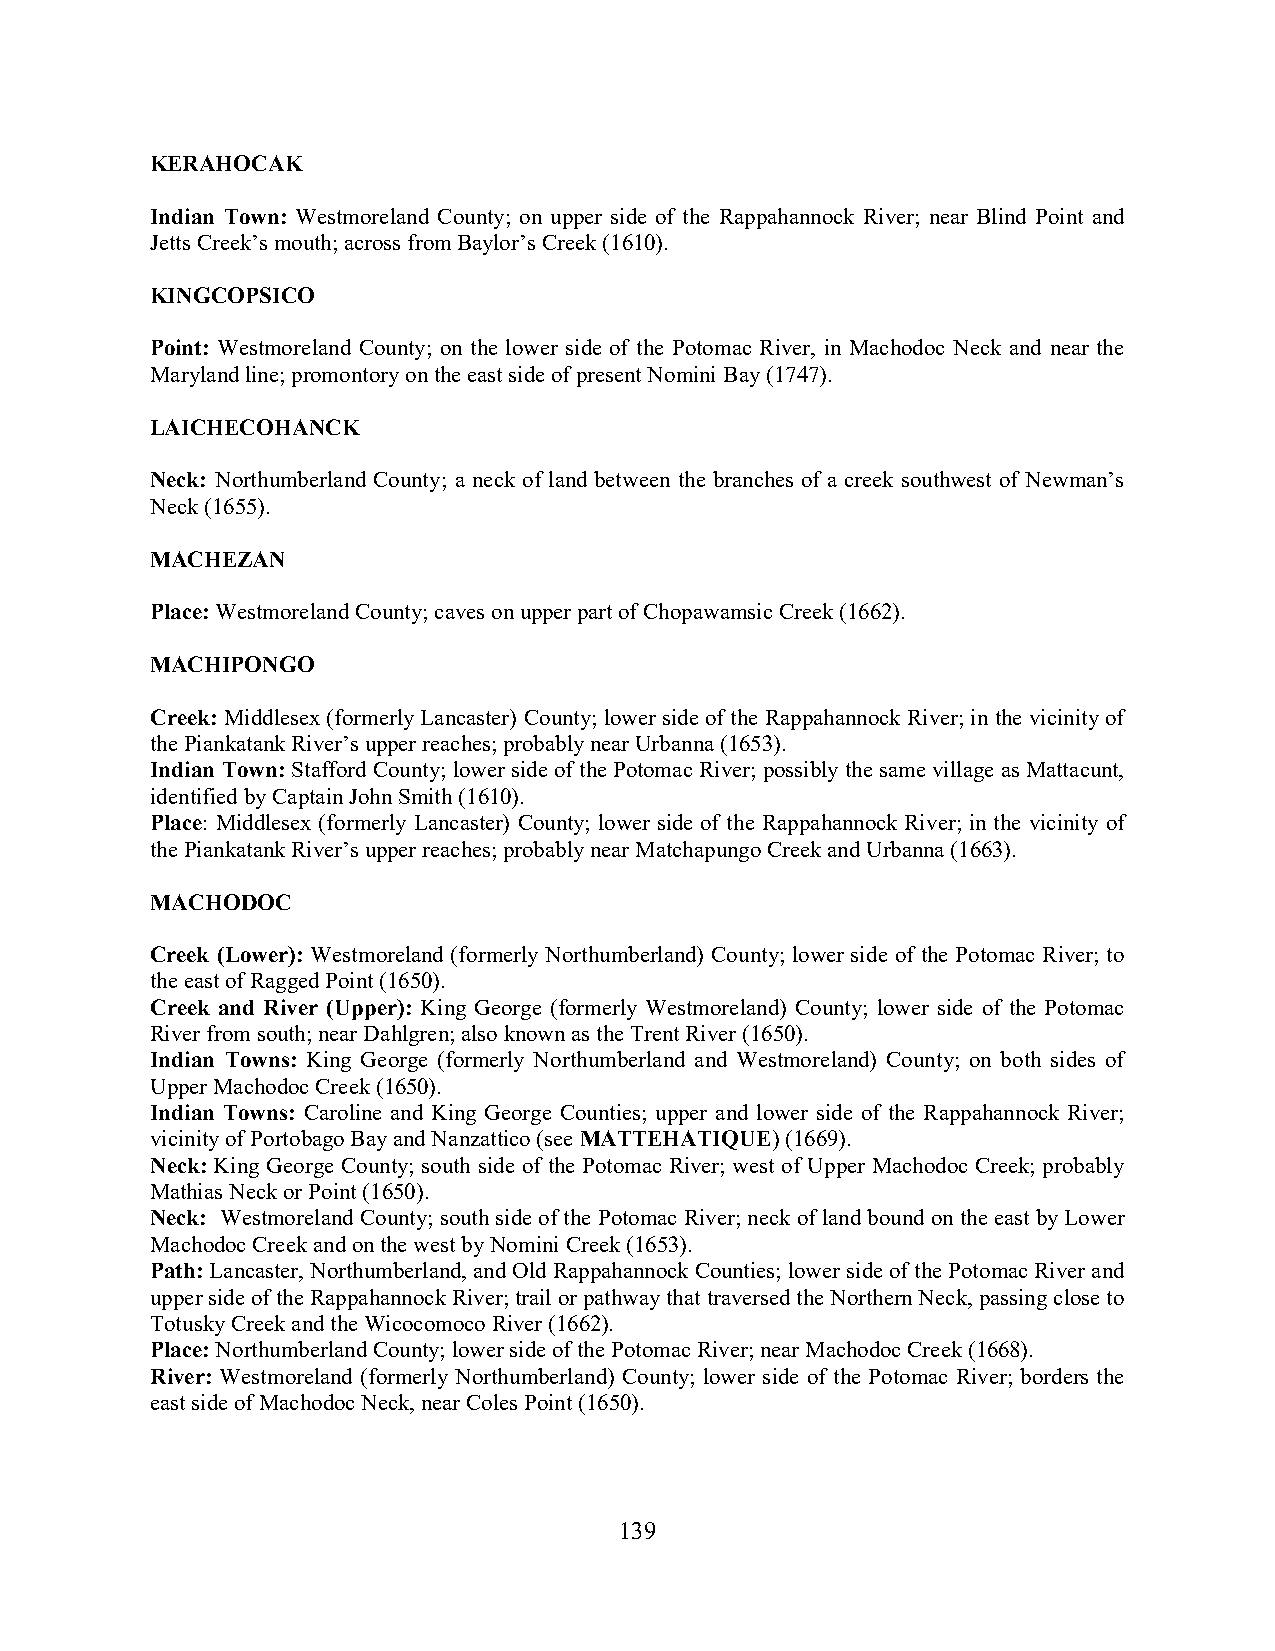
KERAHOCAK
 Indian Town: Westmoreland County; on upper side of the Rappahannock River; near Blind Point and
 Jetts Creek’s mouth; across from Baylor’s Creek (1610).
 KINGCOPSICO
 Point: Westmoreland County; on the lower side of the Potomac River, in Machodoc Neck and near the
 Maryland line; promontory on the east side of present Nomini Bay (1747).
 LAICHECOHANCK
 Neck: Northumberland County; a neck of land between the branches of a creek southwest of Newman’s
 Neck (1655).
 MACHEZAN
 Place: Westmoreland County; caves on upper part of Chopawamsic Creek (1662).
 MACHIPONGO
 Creek: Middlesex (formerly Lancaster) County; lower side of the Rappahannock River; in the vicinity of
 the Piankatank River’s upper reaches; probably near Urbanna (1653).
 Indian Town: Stafford County; lower side of the Potomac River; possibly the same village as Mattacunt,
 identified by Captain John Smith (1610).
 Place: Middlesex (formerly Lancaster) County; lower side of the Rappahannock River; in the vicinity of
 the Piankatank River’s upper reaches; probably near Matchapungo Creek and Urbanna (1663).
 MACHODOC
 Creek (Lower): Westmoreland (formerly Northumberland) County; lower side of the Potomac River; to
 the east of Ragged Point (1650).
 Creek and River (Upper): King George (formerly Westmoreland) County; lower side of the Potomac
 River from south; near Dahlgren; also known as the Trent River (1650).
 Indian Towns: King George (formerly Northumberland and Westmoreland) County; on both sides of
 Upper Machodoc Creek (1650).
 Indian Towns: Caroline and King George Counties; upper and lower side of the Rappahannock River;
 vicinity of Portobago Bay and Nanzattico (see MATTEHATIQUE) (1669).
 Neck: King George County; south side of the Potomac River; west of Upper Machodoc Creek; probably
 Mathias Neck or Point (1650).
 Neck: Westmoreland County; south side of the Potomac River; neck of land bound on the east by Lower
 Machodoc Creek and on the west by Nomini Creek (1653).
 Path: Lancaster, Northumberland, and Old Rappahannock Counties; lower side of the Potomac River and
 upper side of the Rappahannock River; trail or pathway that traversed the Northern Neck, passing close to
 Totusky Creek and the Wicocomoco River (1662).
 Place: Northumberland County; lower side of the Potomac River; near Machodoc Creek (1668).
 River: Westmoreland (formerly Northumberland) County; lower side of the Potomac River; borders the
 east side of Machodoc Neck, near Coles Point (1650).
 139